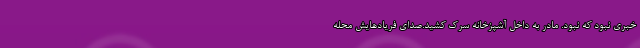
خبری نبود که نبود. مادر به داخل آشپزخانه سرک کشید.صدای فریادهایش محله